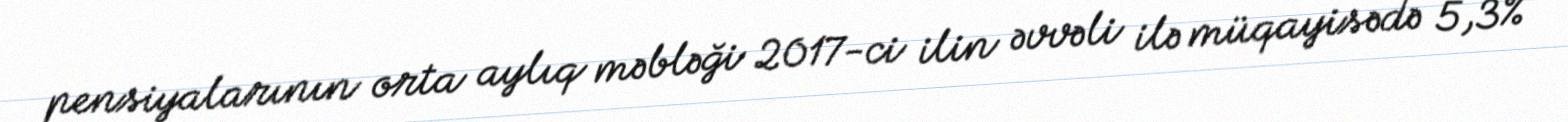
pensiyalarının orta aylıq məbləği 2017-ci ilin əvvəli ilə müqayisədə 5,3%